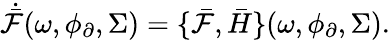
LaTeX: \dot{\bar{\mathcal{F}}}(\omega,\phi_{\partial},\Sigma)=\{ \bar{\mathcal{F}},\bar{H}\} (\omega,\phi_{\partial},\Sigma).